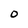
Character: O